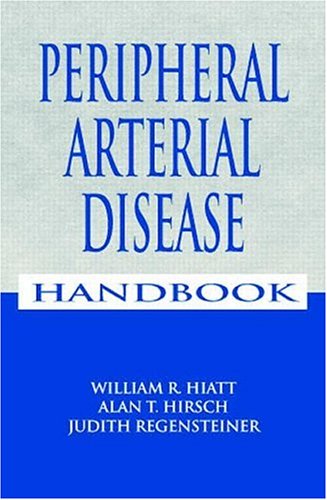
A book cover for Peripheral Arterial Disease Handbook; Medical Books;